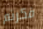
فكرتم